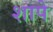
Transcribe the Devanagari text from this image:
शापे